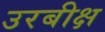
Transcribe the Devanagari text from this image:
उरबीक्ष